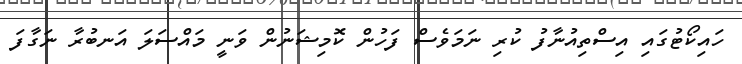
ހައިކޯޓުގައި އިސްތިއުނާފު ކުރި ނަމަވެސް ފަހުން ކޮމިޝަނުން ވަނީ މައްސަލަ އަނބުރާ ނަގާފަ